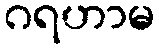
ဂရဟာမ